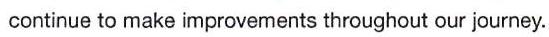
 continue to make improvements throughout our journey.